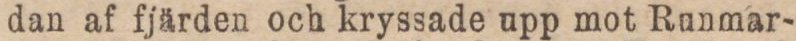
dan af fjärden och kryssade upp mot Runmar-